Indian journal of veterinary science and animal husbandry - Volumes 18-21, 1948-1951
Year: 1948
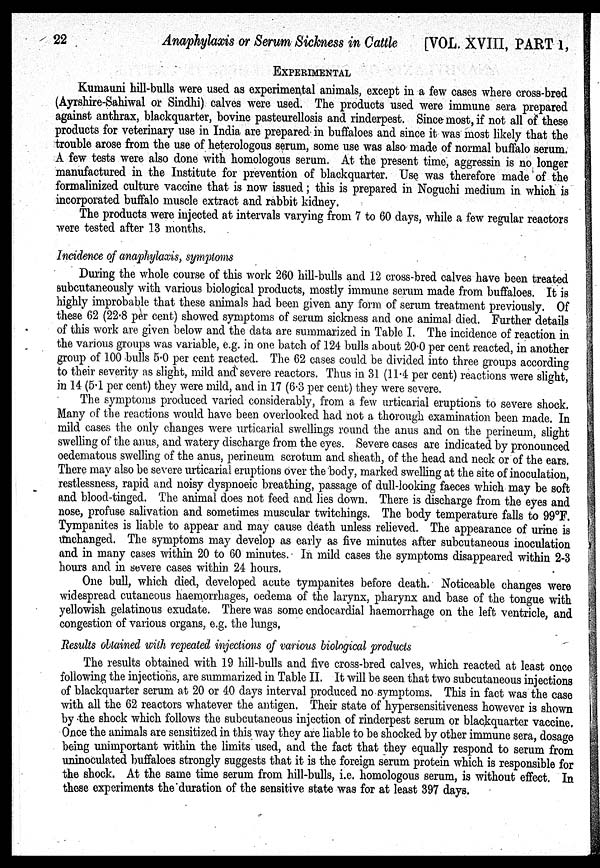
22
Anaphylaxis or Serum Sickness in Cattle
[VOL. XVIII, PART 1,
EXPERIMENTAL
Kumauni hill-bulls were used as experimental animals, except in a few cases where cross-bred
(Ayrshire-Sahiwal or Sindhi) calves were used. The products used were immune sera prepared
against anthrax, blackquarter, bovine pasteurellosis and rinderpest. Since most, if not all of these
products for veterinary use in India are prepared in buffaloes and since it was most likely that the
trouble arose from the use of heterologous serum, some use was also made of normal buffalo serum.
A few tests were also done with homologous serum. At the present time, aggressin is no longer
manufactured in the Institute for prevention of blackquarter. Use was therefore made of the
formalinized culture vaccine that is now issued; this is prepared in Noguchi medium in which is
incorporated buffalo muscle extract and rabbit kidney.
The products were injected at intervals varying from 7 to 60 days, while a few regular reactors
were tested after 13 months.
Incidence of anaphylaxis, symptoms
During the whole course of this work 260 hill-bulls and 12 cross-bred calves have been treated
subcutaneously with various biological products, mostly immune serum made from buffaloes. It is
highly improbable that these animals had been given any form of serum treatment previously. Of
these 62 (22.8 per cent) showed symptoms of serum sickness and one animal died. Further details
of this work are given below and the data are summarized in Table I. The incidence of reaction in
the various groups was variable, e.g. in one batch of 124 bulls about 20.0 per cent reacted, in another
group of 100 bulls 5.0 per cent reacted. The 62 cases could be divided into three groups according
to their severity as slight, mild and severe reactors. Thus in 31 (11.4 per cent) reactions were slight,
in 14 (5.1 per cent) they were mild, and in 17 (6.3 per cent) they were severe.
The symptoms produced varied considerably, from a few urticarial eruptions to severe shock.
Many of the reactions would have been overlooked had not a thorough examination been made. In
mild cases the only changes were urticarial swellings round the anus and on the perineum, slight
swelling of the anus, and watery discharge from the eyes. Severe cases are indicated by pronounced
oedematous swelling of the anus, perineum scrotum and sheath, of the head and neck or of the ears.
There may also be severe urticarial eruptions over the body, marked swelling at the site of inoculation,
restlessness, rapid and noisy dyspnoeic breathing, passage of dull-looking faeces which may be soft
and blood-tinged. The animal does not feed and lies down. There is discharge from the eyes and
nose, profuse salivation and sometimes muscular twitchings. The body temperature falls to 99°F.
Tympanites is liable to appear and may cause death unless relieved. The appearance of urine is
unchanged. The symptoms may develop as early as five minutes after subcutaneous inoculation
and in many cases within 20 to 60 minutes. In mild cases the symptoms disappeared within 2-3
hours and in severe cases within 24 hours.
One bull, which died, developed acute tympanites before death. Noticeable changes were
widespread cutaneous haemorrhages, oedema of the larynx, pharynx and base of the tongue with
yellowish gelatinous exudate. There was some endocardial haemorrhage on the left ventricle, and
congestion of various organs, e.g. the lungs.
Results obtained with repeated injections of various biological products
The results obtained with 19 hill-bulls and five cross-bred calves, which reacted at least once
following the injections, are summarized in Table II. It will be seen that two subcutaneous injections
of blackquarter serum at 20 or 40 days interval produced no symptoms. This in fact was the case
with all the 62 reactors whatever the antigen. Their state of hypersensitiveness however is shown
by the shock which follows the subcutaneous injection of rinderpest serum or blackquarter vaccine.
Once the animals are sensitized in this way they are liable to be shocked by other immune sera, dosage
being unimportant within the limits used, and the fact that they equally respond to serum from
uninoculated buffaloes strongly suggests that it is the foreign serum protein which is responsible for
the shock. At the same time serum from hill-bulls, i.e. homologous serum, is without effect. In
these experiments the duration of the sensitive state was for at least 397 days.